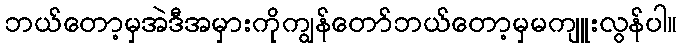
ဘယ်တော့မှအဲဒီအမှားကိုကျွန်တော်ဘယ်တော့မှမကျူးလွန်ပါ။